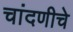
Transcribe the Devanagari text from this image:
चांदणीचे